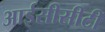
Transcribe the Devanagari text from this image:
आईसीसीटी